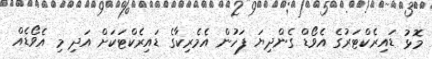
މޮޅު ޑައިރެކްޓަރުގެ އެވޯޑް ގެންދިޔަ ފަހުން އެމެރިކާގެ ޑައިރެކްޓަކަށް އަދި މި އެވޯޑެއް